King Institute of Preventive Medicine Micro-Biological Section reports 1912-19
Year: 1912
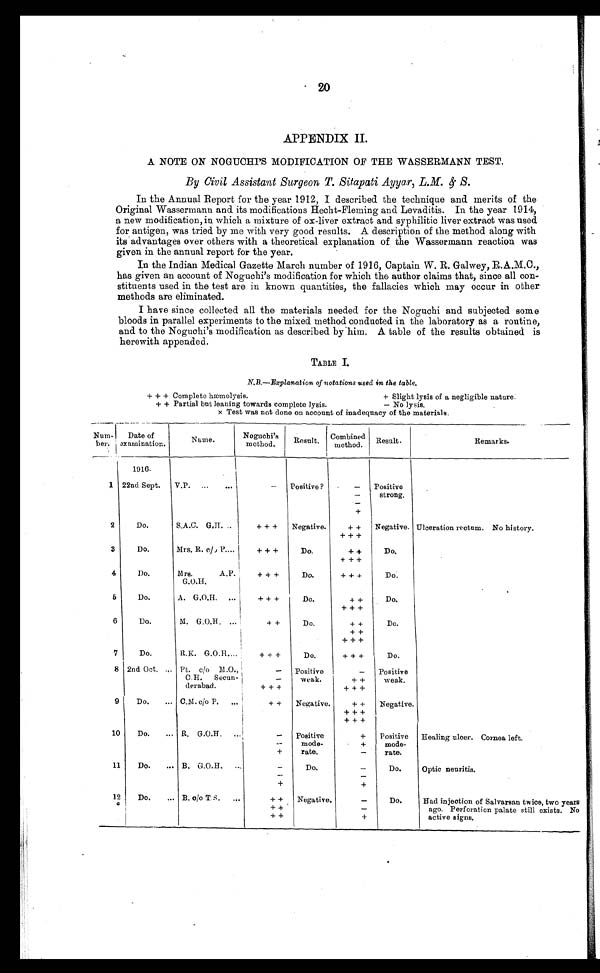
20
APPENDIX II.
A NOTE ON NOGUCHI'S MODIFICATION OF THE WASSERMANN TEST.
By Civil Assistant Surgeon T. Sitapati Ayyar, L.M. & S.
In the Annual Report for the year 1912, I described the technique and merits of the
Original Wassermann and its modifications Hecht-Fleming and Levaditis. In the year 1914,
a new modification, in which a mixture of ox-liver extract and syphilitic liver extract was used
for antigen, was tried by me with very good results. A description of the method along with
its advantages over others with a theoretical explanation of the Wassermann reaction was
given in the annual report for the year.
In the Indian Medical Gazette March number of 1916, Captain W. R. Galwey, R.A.M.C.,
has given an account of Noguchi's modification for which the author claims that, since all con
-
stituents used in the test are in known quantities, the fallacies which may occur in other
methods are eliminated.
I have since collected all the materials needed for the Noguchi and subjected some
bloods in parallel experiments to the mixed method conducted in the laboratory as a routine,
and to the Noguchi's modification as described by him. A table of the results obtained is
herewith appended.
TABLE I.
N.B.—Explanation of notations used in the table.
+ + + Complete hæmolysis.
+ Slight lysis of a negligible nature.
+ + Partial but leaning towards complete lysis.
– No lysis.
x Test was not done on account of inadequacy of the materials.
Num-ber.
Date of
examination.
Name .
Noguchi's
method.
Result.
Combined
method.
Result.
Remarks.
1916.
1
22nd Sept.
V.P. . . .
–
Positive ?
–
Positive
strong.
-
-
+
2
Do.
S.A.C. G.H. . . .
+ + +
Negative.
+ +
Negative. Ulceration rectum. No history.
+ + +
3
Do.
Mrs. R. c/o P. . . .
+ + +
Do.
+ +
Do.
+ + +
4
Do.
Mrs. A.P.
G.O.H.
+ + +
Do.
+ + +
Do.
5
Do.
A. G.O.H. . . .
+ + +
Do.
+ +
Do.
+ + +
6
Do.
M. G.O.H. . . .
+ +
Do.
+ +
Do.
+ +
+ + +
7
Do.
R.K. G.O.H. . . .
+ + +
Do.
+ + +
Do.
8
2nd Oct. . . .
P t . c / o M . O . ,C
. H . S e c u n -d
e r a b a d .
–
Positive
weak.
–
Positive
weak.
–
+ +
+ + +
+ + +
9
Do. . . .
C. M. c/o P. . . .
+ +
Negative.
+ +
Negative.
+ + +
+ + +
10
Do. . . .
R. G.O.H. . . .
-
Positive
mode-
rate.
+
Positive
mode-
rate.
Healing ulcer.
Cornea left.
-
+
+
–
11
Do. . . .
B. G.O.R. . . .
–
Do.
–
Do.
Optic neuritis.
-
-
+
+
12
Do. . . .
B. c/o T.S. . . .
+ + Negative.
–
Do.
Had injection of Salvarsan twice, two years
ago. Perforation palate still exists. No
active signs.
+ +
–
+ +
+